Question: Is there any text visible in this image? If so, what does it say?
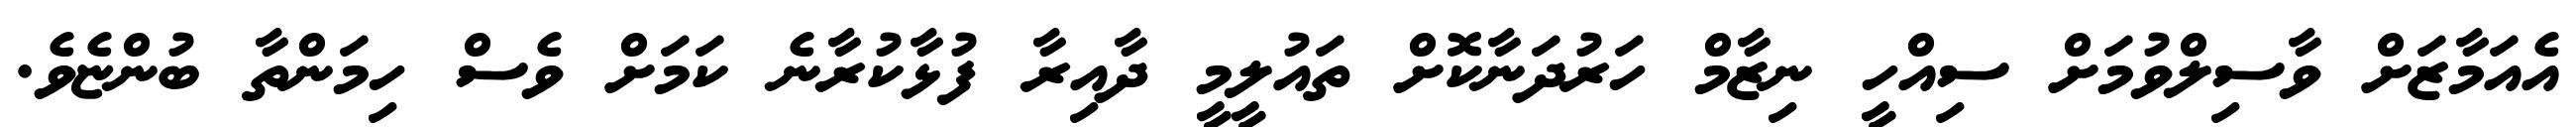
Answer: އެއަމާޒަށް ވާސިލްވުމަށް ސިއްހީ ނިޒާމް ހަރުދަނާކޮށް ތައުލީމީ ދާއިރާ ފުޅާކުރާނެ ކަމަށް ވެސް ހިމަންތާ ބުންޏެވެ.